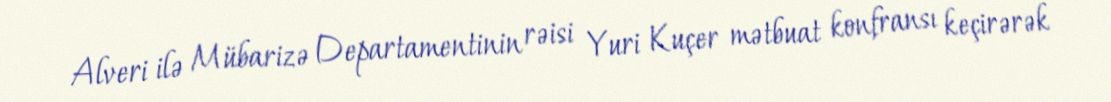
Alveri ilə Mübarizə Departamentinin rəisi Yuri Kuçer mətbuat konfransı keçirərək